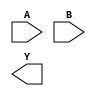
`timescale 1ns / 1ps
//////////////////////////////////////////////////////////////////////////////////
// Company: 
// Engineer: 
// 
// Design Name: 
// Module Name: cone_bit_comparator
// Project Name: 
// Target Devices: 
// Tool Versions: 
// Description: 
// 
// Dependencies: 
// 
// Revision:
// Revision 0.01 - File Created
// Additional Comments:
// 
//////////////////////////////////////////////////////////////////////////////////


module cone_bit_comparator(
    input A,
    input B,
    output [2:0] Y
    );
endmodule